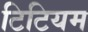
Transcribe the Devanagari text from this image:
टिटियम